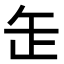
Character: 𦈢